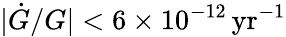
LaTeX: |\dot{G}/G|<6\times 10^{-12}\, \mathrm{yr}^{-1}